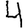
Digit: 4